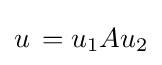
u\,=u_{1}Au_{2}